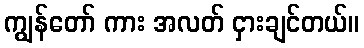
ကျွန်တော် ကား အလတ် ငှားချင်တယ်။